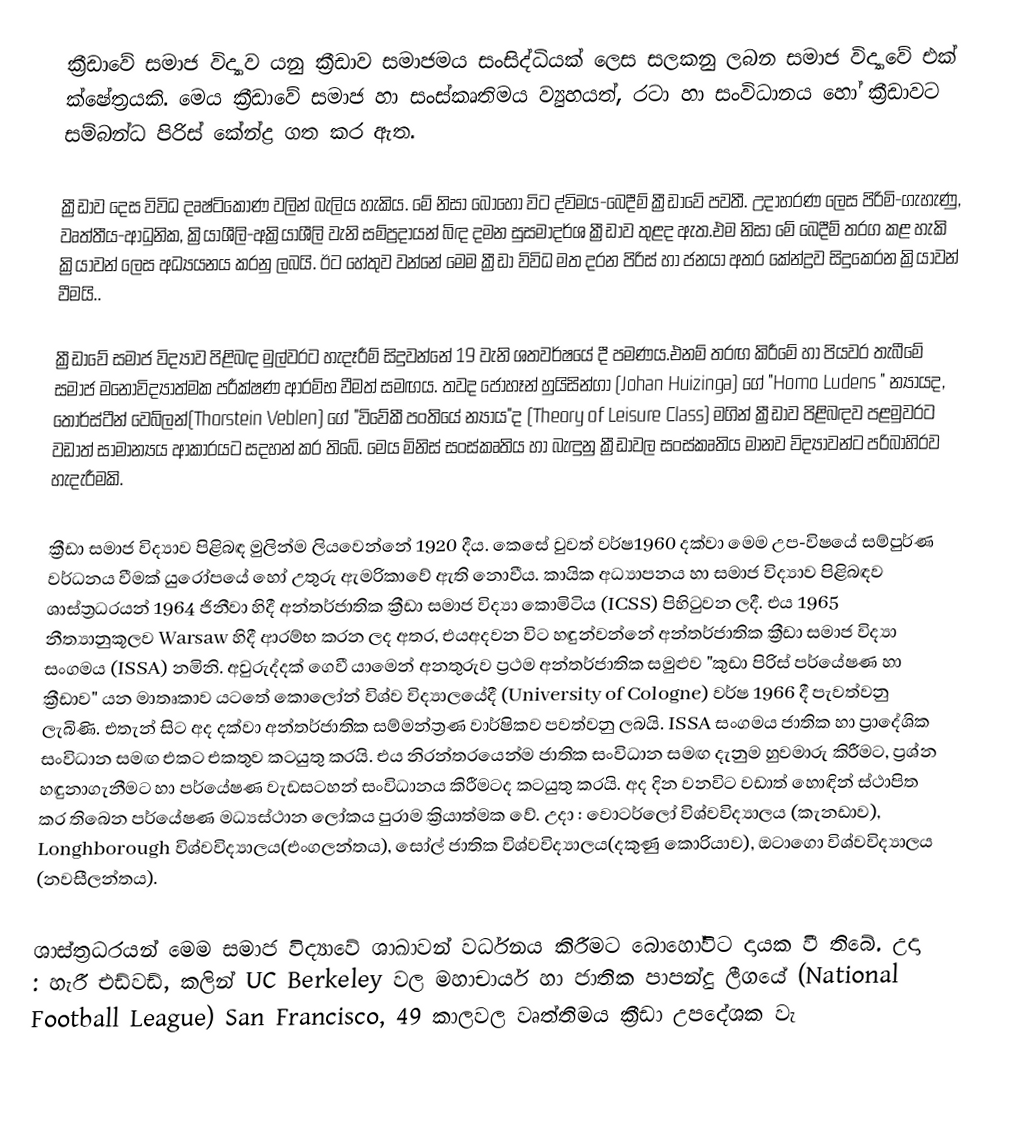
ක්‍රීඩාවේ සමාජ විද්‍යාව යනු ක්‍රීඩාව සමාජමය සංසිද්ධියක් ලෙස සලකනු ලබන සමාජ විද්‍යාවේ එක් ‍‍ක්ෂේත්‍රයකි. මෙය ක්‍රීඩාවේ ‍සමාජ හා සංස්කෘතිමය ව්‍යුහයත්, රටා හා සංවිධානය හෝ ක්‍රීඩාවට සම්බන්ධ පිරිස් කේන්ද්‍ර ගත කර ඇත.

ක්‍රීඩාව දෙස විවිධ දෘෂ්ටිකෝණ වලින් බැලිය හැකිය. මේ නිසා බොහෝ විට ද්විමය-බෙදීම් ක්‍රීඩාවේ පවතී. උදාහරණ ලෙස පිරිමි-ගැහැණු, වෘත්තීය-ආධුනික, ක්‍රියාශීලි-අක්‍රියාශීලි වැනි සම්ප්‍රදායන් බිඳ දමන සුසමාදර්ශ ක්‍රීඩාව තුළද  ඇත.එම නිසා මේ බෙදීම් තරග කළ හැකි ක්‍රියාවන් ලෙස අධ්‍යයනය කරනු ලබයි. ඊට හේතුව වන්නේ මෙම ක්‍රීඩා විවිධ මත දරන පිරිස් හා ජනයා අතර කේන්ද්‍රව සිදුකෙරන ක්‍රියාවන් වීමයි..

ක්‍රීඩාවේ සමාජ විද්‍යාව පිළිබඳ මුල්වරට හැදෑරීම් සිදුවන්නේ 19 වැනි ශතවර්ෂයේ දී පමණය.එනම් තරඟ කිරීමේ හා පියවර තැබීමේ සමාජ මනෝවිද්‍යාත්මක පරීක්ෂණ ආරම්භ වීමත් සමඟය. තවද ජොහෑන් හුයිසින්ගා (Johan Huizinga) ගේ "Homo Ludens " න්‍යායද, තොර්ස්ටීන් වෙබ්ලන්(Thorstein Veblen) ගේ "විවේකී පංතියේ න්‍යාය"ද (Theory of Leisure Class) මගින් ක්‍රීඩාව පිළිබඳව පළමුවරට වඩාත් සාමාන්‍යය ආකාරයට සදහන් කර තිබේ. මෙය මිනිස් සංස්කෘතිය හා බැඳුනු ක්‍රීඩාවල සංස්කෘතිය මානව විද්‍යාවන්ට පරිබාහිරව හැදැරීමකි.

ක්‍රීඩා සමාජ විද්‍යාව පිළිබඳ මුලින්ම ලියවෙන්නේ 1920 දීය. කෙසේ වුවත් වර්ෂ1960 දක්වා  මෙම උප-විෂයේ සම්පුර්ණ වර්ධනය වීමක් යුරෝපයේ හෝ උතුරු ඇමරිකාවේ ඇති නොවීය. කායික අධ්‍යාපනය හා සමාජ විද්‍යාව පිළිබඳව ශාස්ත්‍රධරයන් 1964 ජිනීවා හිදී අන්තර්ජාතික ක්‍රීඩා සමාජ විද්‍යා කොමිටිය (ICSS) පිහිටුවන ලදී. එය 1965 නීත්‍යානුකූලව Warsaw හිදී ආරම්භ කරන ලද අතර, එයඅදවන විට හඳුන්වන්නේ අන්තර්ජාතික ක්‍රීඩා සමාජ විද්‍යා සංගමය (ISSA) නමිනි. අවුරුද්දක් ගෙවී යාමෙන් අනතුරුව ප්‍රථම අන්තර්ජාතික සමුළුව "කුඩා පිරිස් පර්යේෂණ හා ක්‍රීඩාව" යන මාතෘකාව යටතේ කොලෝන් විශ්ව විද්‍යාලයේදී (University of Cologne) වර්ෂ 1966 දී පැවත්වනු ලැබිණි. එතැන් සිට අද දක්වා අන්තර්ජාතික සම්මන්ත්‍රණ වාර්ෂිකව පවත්වනු ලබයි. ISSA සංගමය ජාතික හා ප්‍රාදේශික සංවිධාන සමඟ එකට එකතුව කටයුතු කරයි. එය නිරන්තරයෙන්ම ජාතික සංවිධාන සමඟ දැනුම හුවමාරු කිරීමට, ප්‍රශ්න හඳුනාගැනීමට හා පර්යේෂණ වැඩසටහන් සංවිධානය කිරීමටද කටයුතු කරයි. අද දින වනවිට වඩාත් හොඳින් ස්ථාපිත කර තිබෙන පර්යේෂණ මධ්‍යස්ථාන ලෝකය පුරාම ක්‍රියාත්මක වේ. උදා : වොටර්ලෝ විශ්වවිද්‍යාලය (කැනඩාව), Longhborough විශ්වවිද්‍යාලය(එංගලන්තය), සෝල් ජාතික විශ්වවිද්‍යාලය(දකුණු කොරියාව), ඔටාගො විශ්වවිද්‍යාලය (නවසීලන්තය).

ශාස්ත්‍රධරයන් මෙම සමාජ විද්‍යාවේ ශාඛාවන් වර්ධනය කිරීමට බොහෝවිට දායක වී තිබේ. උදා : හැරී එඩ්වඩ්, කලින් UC Berkeley වල මහාචාර්ය හා ජාතික පාපන්දු ලීගයේ (National Football League) San Francisco, 49 කාලවල වෘත්තිමය ක්‍රීඩා උපදේශක වැ